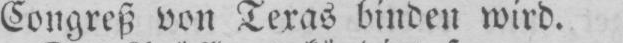
Congreß von Texas binden wird.